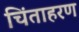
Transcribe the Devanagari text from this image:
चिंताहरण